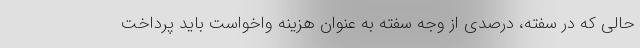
حالی که در سفته، درصدی از وجه سفته به عنوان هزینه واخواست باید پرداخت